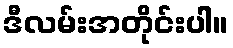
ဒီလမ်းအတိုင်းပါ။